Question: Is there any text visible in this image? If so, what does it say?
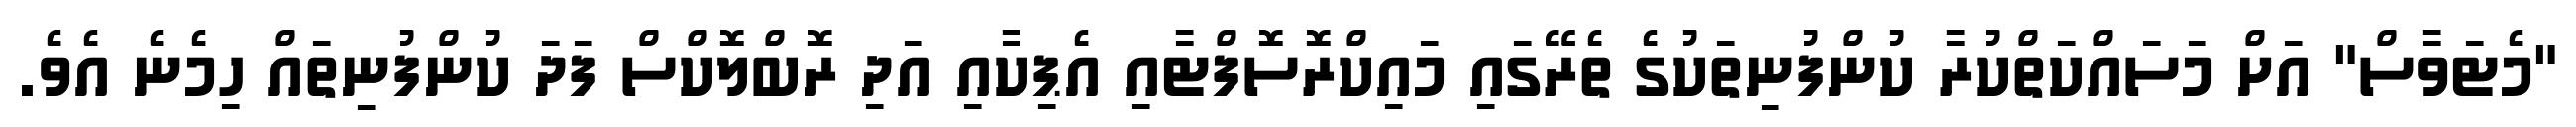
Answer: "މެޓަވާސް" އަށް މަސައްކަތްކުރާ ކުންފުނިތަކުގެ ތެރޭގައި މައިކްރޮސޮފްޓާއި އެޕިކާއި އަދި ރޮބްލޮކްސް ފަދަ ކުންފުނިތައް ހިމެނެ އެވެ.